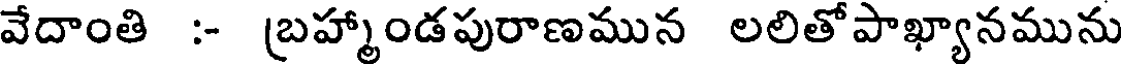
వేదాంతి :- బ్రహ్మాండపురాణమున లలితోపాఖ్యానమును